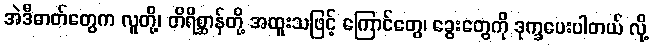
အဲဒီဓာတ်တွေက လူတို့၊ တိရိစ္ဆာန်တို့ အထူးသဖြင့် ကြောင်တွေ၊ ခွေးတွေကို ဒုက္ခပေးပါတယ် လို့